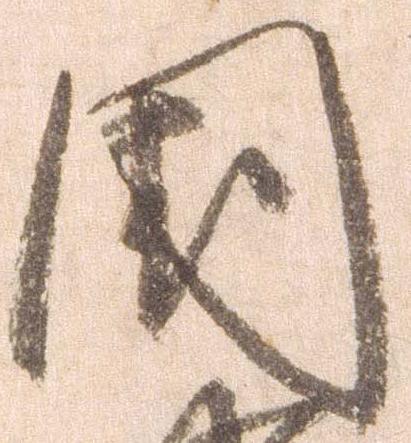
国